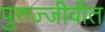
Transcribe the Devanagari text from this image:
पुरुज्जीवीत